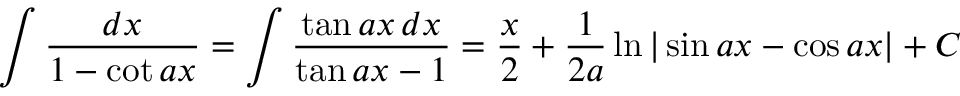
\int { \frac { d x } { 1 - \cot a x } } = \int { \frac { \tan a x \, d x } { \tan a x - 1 } } = { \frac { x } { 2 } } + { \frac { 1 } { 2 a } } \ln | \sin a x - \cos a x | + C